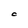
Character: C